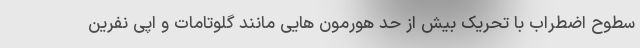
سطوح اضطراب با تحریک بیش از حد هورمون هایی مانند گلوتامات و اپی نفرین